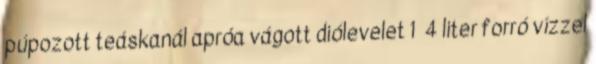
púpozott teáskanál apróa vágott diólevelet 1 4 liter forró vízzel